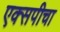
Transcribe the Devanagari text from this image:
एक्सपीचा